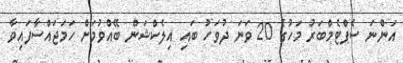
އަންނަ ސެޕްޓެމްބަރު މަހުގެ 20 ވަނަ ދުވަހު ބައި އިލެކްޝަން ބޭއްވުމަށް ހަމަޖައްސާފައިވާ